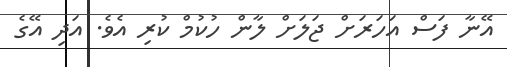
އޭނާ ފަސް އަހަރަށް ޖަލަށް ލާން ހުކުމް ކުރި އެވެ. އަދި އޭގެ